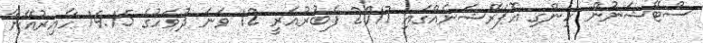
ސްޓޭޝަނުން ހިންގި އޮޕަރޭޝަނެއްގައި 2017 ފެބުރުއަރީ 12 ވަނަ ދުވަހުގެ 14:15 ހާއިރުއޭނާ